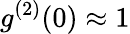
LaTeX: g^{(2)}(0)\approx 1